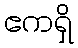
ဧကရှိ